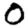
Digit: 0